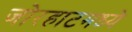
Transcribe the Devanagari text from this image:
जोरहाटमध्ये